Civil Veterinary Dept. Assam report 1927-50 - 1927-1950
Year: 1927
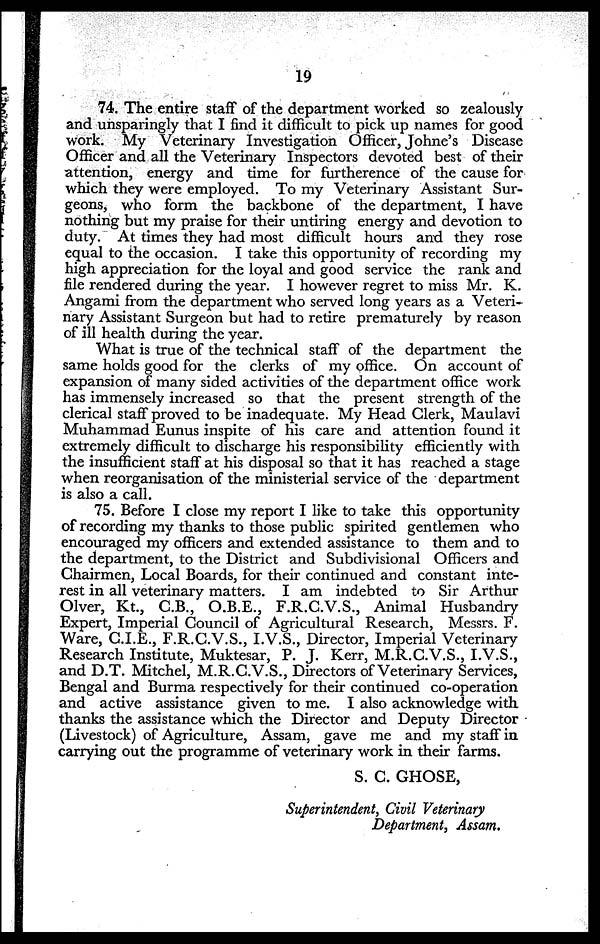
19
74. The entire staff of the department worked so zealously
and unsparingly that I find it difficult to pick up names for good
work. My Veterinary Investigation Officer, Johne's Disease
Officer and all the Veterinary Inspectors devoted best of their
attention, energy and time for furtherence of the cause for
which they were employed. To my Veterinary Assistant Sur-
geons, who form the backbone of the department, I have
nothing but my praise for their untiring energy and devotion to
duty. At times they had most difficult hours and they rose
equal to the occasion. I take this opportunity of recording my
high appreciation for the loyal and good service the rank and
file rendered during the year. I however regret to miss Mr. K.
Angami from the department who served long years as a Veteri-
nary Assistant Surgeon but had to retire prematurely by reason
of ill health during the year.
What is true of the technical staff of the department the
same holds good for the clerks of my office. On account of
expansion of many sided activities of the department office work
has immensely increased so that the present strength of the
clerical staff proved to be inadequate. My Head Clerk, Maulavi
Muhammad Eunus inspite of his care and attention found it
extremely difficult to discharge his responsibility efficiently with
the insufficient staff at his disposal so that it has reached a stage
when reorganisation of the ministerial service of the department
is also a call.
75. Before I close my report I like to take this opportunity
of recording my thanks to those public spirited gentlemen who
encouraged my officers and extended assistance to them and to
the department, to the District and Subdivisional Officers and
Chairmen, Local Boards, for their continued and constant inte-
rest in all veterinary matters. I am indebted to Sir Arthur
Olver, Kt., C.B., O.B.E., F.R.C.V.S., Animal Husbandry
Expert, Imperial Council of Agricultural Research, Messrs. F.
Ware, C.I.E., F.R.C.V.S., I.V.S., Director, Imperial Veterinary
Research Institute, Muktesar, P. J. Kerr, M.R.C.V.S., I.V.S.,
and D.T. Mitchel, M.R.C.V.S., Directors of Veterinary Services,
Bengal and Burma respectively for their continued co-operation
and active assistance given to me. I also acknowledge with
thanks the assistance which the Director and Deputy Director
(Livestock) of Agriculture, Assam, gave me and my staff in
carrying out the programme of veterinary work in their farms.
S. C. GHOSE,
Superintendent, Civil Veterinary
Department, Assam.